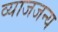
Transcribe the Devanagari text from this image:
व्याजजन्य